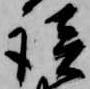
談